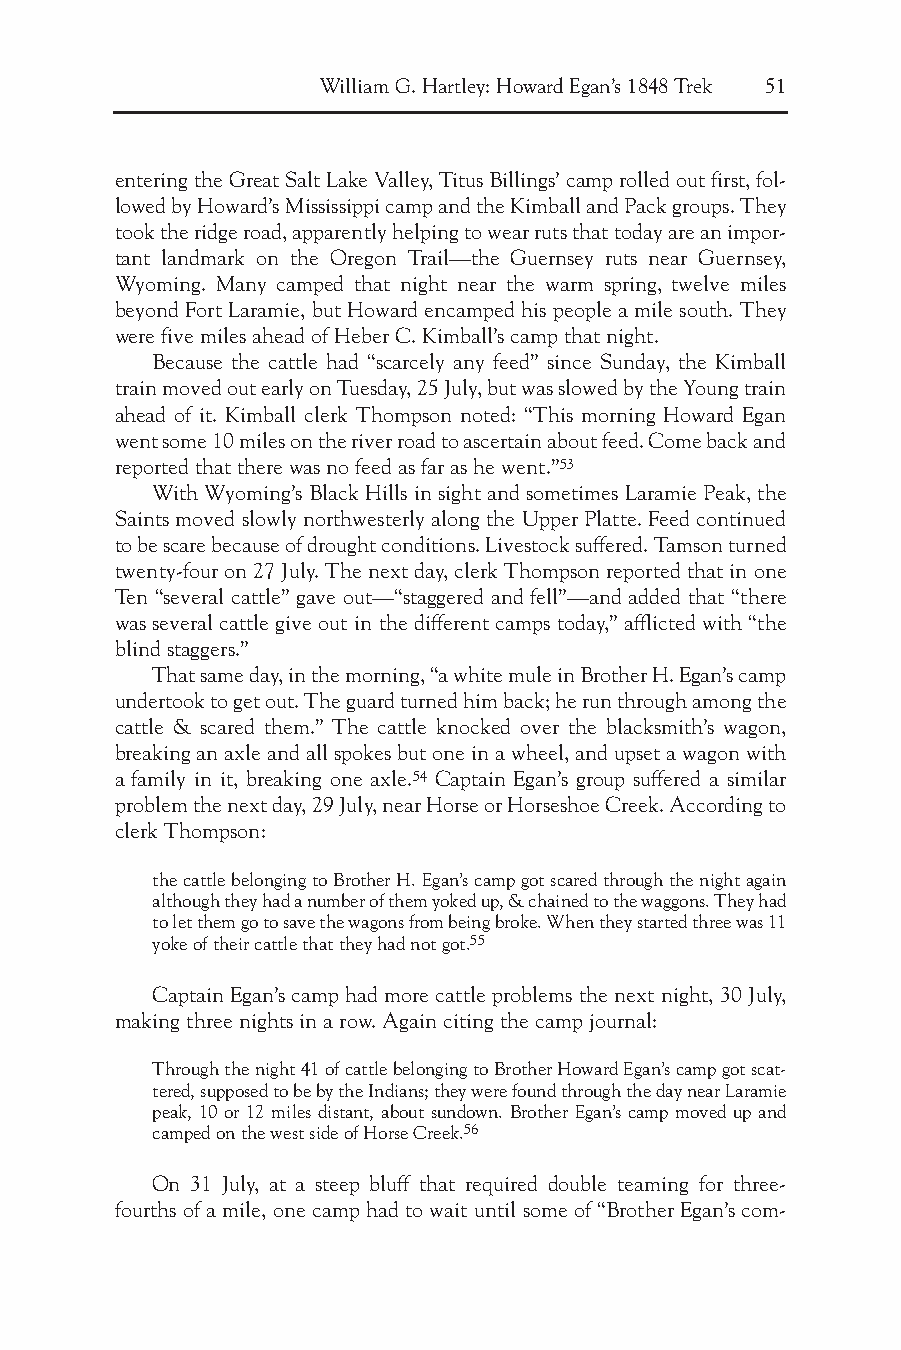
William G. Hartley: Howard Egan’s 1848 Trek 51
 entering the Great Salt Lake Valley, Titus Billings’ camp rolled out first, fol-
 lowed by Howard’s Mississippi camp and the Kimball and Pack groups. They
 took the ridge road, apparently helping to wear ruts that today are an impor-
 tant landmark on the Oregon Trail—the Guernsey ruts near Guernsey,
 Wyoming. Many camped that night near the warm spring, twelve miles
 beyond Fort Laramie, but Howard encamped his people a mile south. They
 were five miles ahead of Heber C. Kimball’s camp that night.
 Because the cattle had “scarcely any feed” since Sunday, the Kimball
 train moved out early on Tuesday, 25 July, but was slowed by the Young train
 ahead of it. Kimball clerk Thompson noted: “This morning Howard Egan
 went some 10 miles on the river road to ascertain about feed. Come back and
 reported that there was no feed as far as he went.”53
 With Wyoming’s Black Hills in sight and sometimes Laramie Peak, the
 Saints moved slowly northwesterly along the Upper Platte. Feed continued
 to be scare because of drought conditions. Livestock suffered. Tamson turned
 twenty-four on 27 July. The next day, clerk Thompson reported that in one
 Ten “several cattle” gave out—“staggered and fell”—and added that “there
 was several cattle give out in the different camps today,” afflicted with “the
 blind staggers.”
 That same day, in the morning, “a white mule in Brother H. Egan’s camp
 undertook to get out. The guard turned him back; he run through among the
 cattle & scared them.” The cattle knocked over the blacksmith’s wagon,
 breaking an axle and all spokes but one in a wheel, and upset a wagon with
 a family in it, breaking one axle.54 Captain Egan’s group suffered a similar
 problem the next day, 29 July, near Horse or Horseshoe Creek. According to
 clerk Thompson:
 the cattle belonging to Brother H. Egan’s camp got scared through the night again
 although they had a number of them yoked up, & chained to the waggons. They had
 to let them go to save the wagons from being broke. When they started three was 11
 yoke of their cattle that they had not got.55
 Captain Egan’s camp had more cattle problems the next night, 30 July,
 making three nights in a row. Again citing the camp journal:
 Through the night 41 of cattle belonging to Brother Howard Egan’s camp got scat-
 tered, supposed to be by the Indians; they were found through the day near Laramie
 peak, 10 or 12 miles distant, about sundown. Brother Egan’s camp moved up and
 camped on the west side of Horse Creek.56
 On 31 July, at a steep bluff that required double teaming for three-
 fourths of a mile, one camp had to wait until some of “Brother Egan’s com-